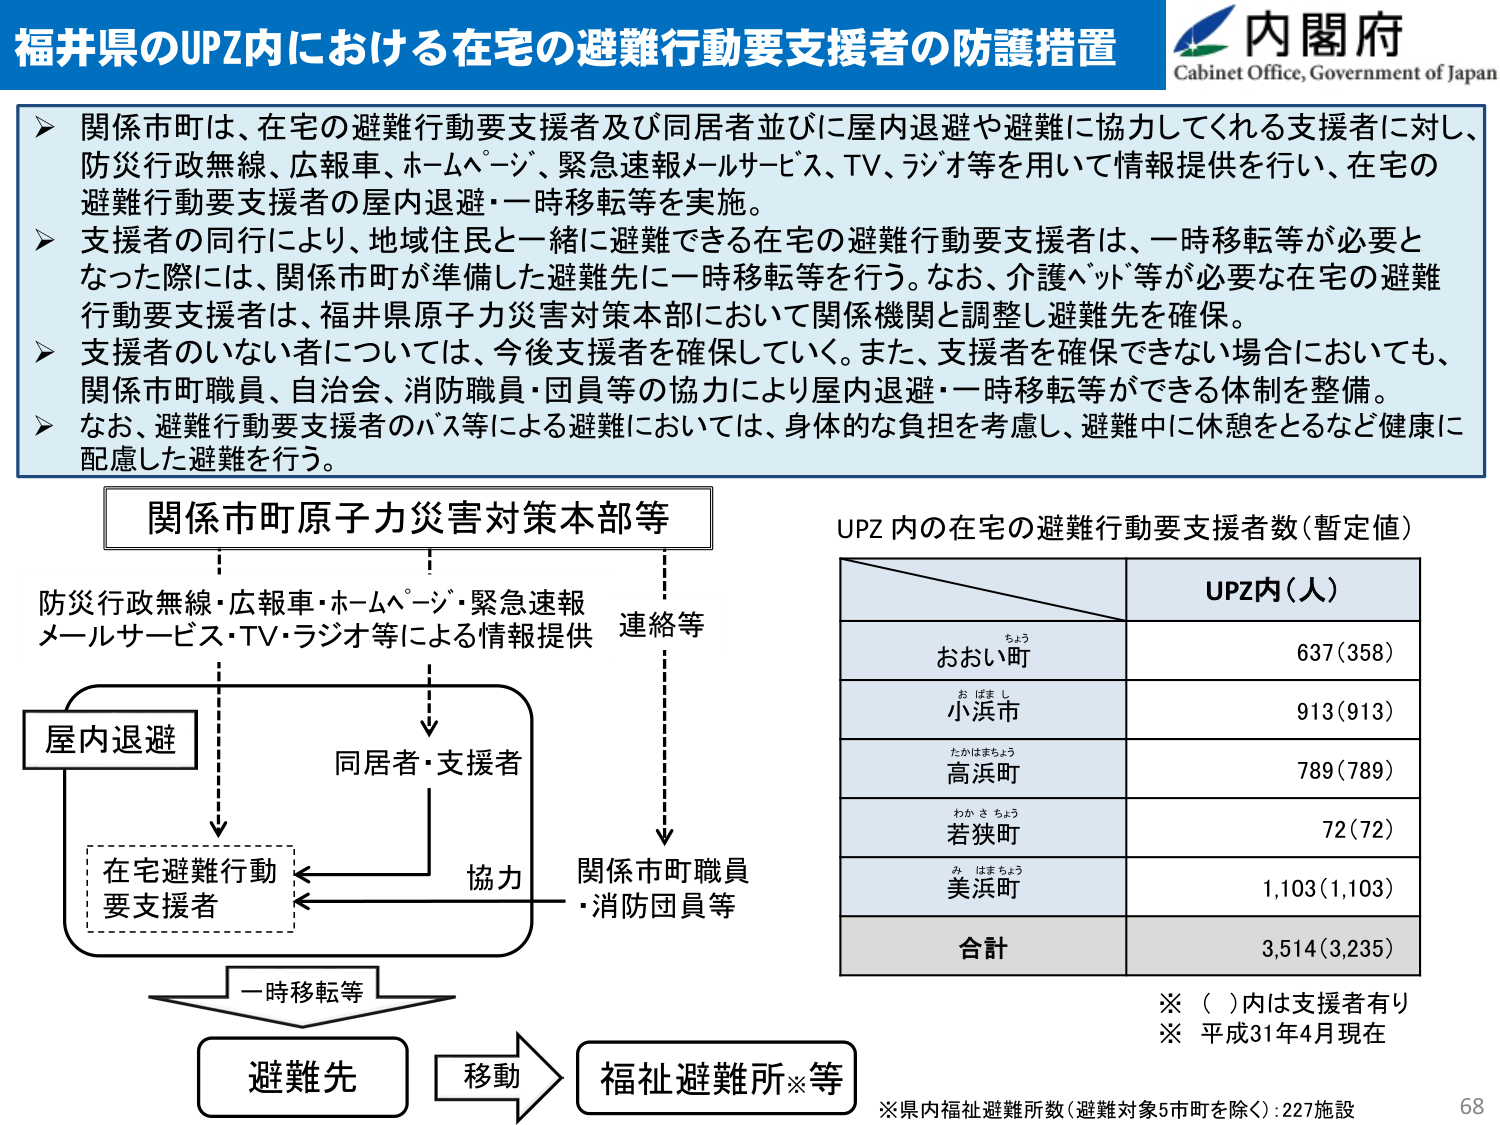
福井県のUPZ内における在宅の避難行動要支援者の防護措置

内閣府
Cabinet Office, Government of Japan

▶ 関係市町は、在宅の避難行動要支援者及び同居者並びに屋内退避や避難に協力してくれる支援者に対し、防災行政無線、広報車、ホームページ、緊急速報メールサービス、TV、ラジオ等を用いて情報提供を行い、在宅の避難行動要支援者の屋内退避・一時移転等を実施。

▶ 支援者の同行により、地域住民と一緒に避難できる在宅の避難行動要支援者は、一時移転等が必要となった際には、関係市町が準備した避難先に一時移転等を行う。なお、介護ベッド等が必要な在宅の避難行動要支援者は、福井県原子力災害対策本部において関係機関と調整し避難先を確保。

▶ 支援者のいない者については、今後支援者を確保していく。また、支援者を確保できない場合においても、関係市町職員、自治会、消防職員・団員等の協力により屋内退避・一時移転等ができる体制を整備。

▶ なお、避難行動要支援者のバス等による避難においては、身体的な負担を考慮し、避難中に休憩をとるなど健康に配慮した避難を行う。

関係市町原子力災害対策本部等

防災行政無線・広報車・ホームページ・緊急速報メールサービス・TV・ラジオ等による情報提供

屋内退避

在宅避難行動要支援者

同居者・支援者

協力

関係市町職員・消防団員等

一時移転等

避難先

移動

福祉避難所※等

UPZ内の在宅の避難行動要支援者数（暫定値）

UPZ内（人）

おおい町 637（358）

小浜市 913（913）

高浜町 789（789）

若狭町 72（72）

美浜町 1,103（1,103）

合計 3,514（3,235）

※（ ）内は支援者有り
※ 平成31年4月現在

※県内福祉避難所数（避難対象5市町を除く）：227施設

68